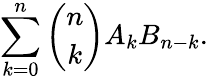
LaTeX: \sum_{k=0}^{n}{\binom{n}{k}}A_{k}B_{n-k}.